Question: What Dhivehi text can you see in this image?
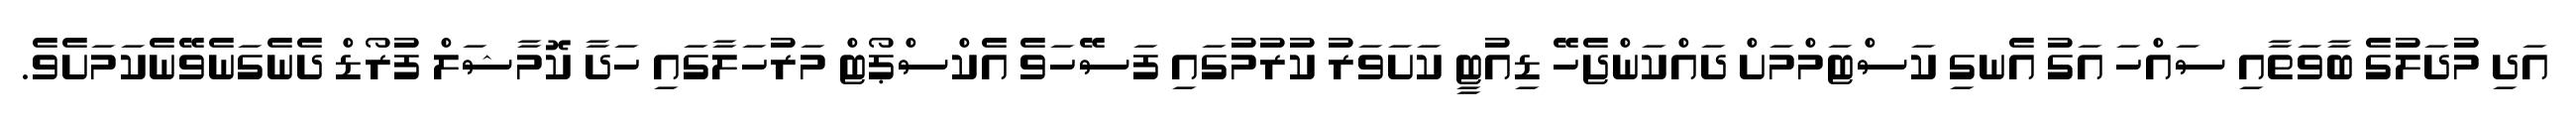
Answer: އަދި މުދަލުގެ ބާވަތާއި ސައްހަ އަގު އެނގި ކަސްޓަމްމަށް ދައްކަންޖެހޭ ޑިއުޓީ ކަށަވަރު ކުރުމުގައި ފަސޭހަވެ އެކްސްޕޯޓް މަރުހަލާގައި ހަދާ ކޮމާޝަލް ފުރޯޑް ދެނެގަނެވޭނެކަމަށެވެ.